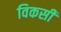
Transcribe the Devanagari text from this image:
विकसीं